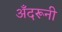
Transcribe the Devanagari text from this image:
अँदरूनी